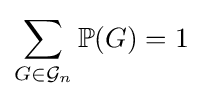
\sum _{G\in {\mathcal {G}}_{n}}\mathbb {P} (G)=1